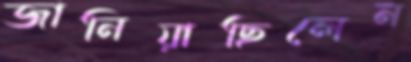
জানিয়াছিলেন